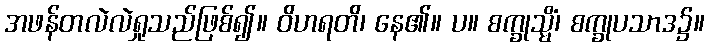
အဖန်တလဲလဲရှုသည်ဖြစ်၍။ ဝိဟရတိ၊ နေ၏။ ပ။ စက္ခုသ္မိံ၊ စက္ခုပသာဒ၌။